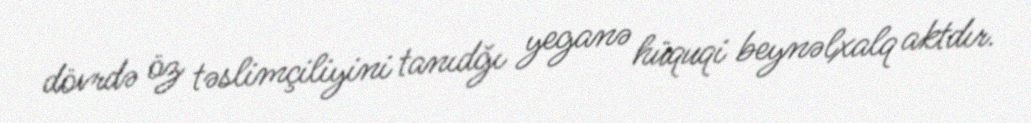
dövrdə öz təslimçiliyini tanıdğı yeganə hüquqi beynəlxalq aktdır.